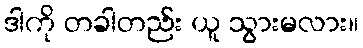
ဒါကို တခါတည်း ယူ သွားမလား။